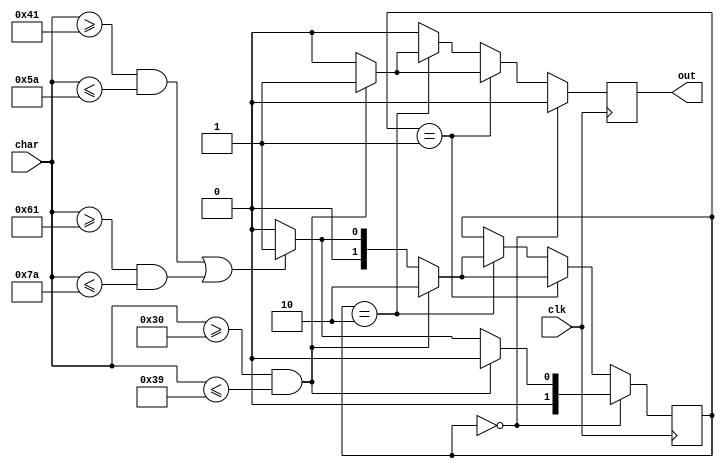
`timescale 1ns / 1ps

`define S0 2'b00
`define S1 2'b01
`define S2 2'b10

module id_fsm(
    input [7:0] char,
    input clk,
    output reg out
    );

reg [1:0] status;

initial begin
    status = `S0;
    out=1'b0;
end

always @(posedge clk) begin

  //assign out=0;
  out=0;

  if(status == `S0) begin
    // 0-9
    if(char>=8'd48 && char<=8'd57) begin
      status <=`S0;
    end

    //a-z + A-Z
    else if((char>=8'd65 && char<=8'd90) || (char>=8'd97 && char<=8'd122)) begin
      status <=`S1;
    end

    //else
    else
      status <=`S0;
  end

  else if(status == `S1) begin
    // 0-9
    if(char>=8'd48 && char<=8'd57) begin
      status <=`S2;
      //assign out = 1;
      out=1;
    end

    //a-z + A-Z
    else if((char>=8'd65 && char<=8'd90) || (char>=8'd97 && char<=8'd122)) begin
      status <=`S1;
    end

    //else
    else
      status<=`S0;

  end

  else if(status == `S2) begin
    // 0-9
    if(char>=8'd48 && char<=8'd57) begin
      status <=`S2;
      //assign out = 1;
      out=1;
    end

    //a-z + A-Z
    else if((char>=8'd65 && char<=8'd90) || (char>=8'd97 && char<=8'd122)) begin
      status<=`S1;
    end

    //else
    else
      status<=`S0;
  end

end

endmodule